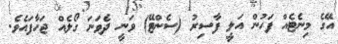
އޭގެ މިނެޓެއް ފަހުން އަލީ ފާސިރު (ސެންޓޭ) ވަނީ ދެވަނަ ގޯލެއް ޖަހާފައެވެ.